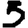
Digit: 5